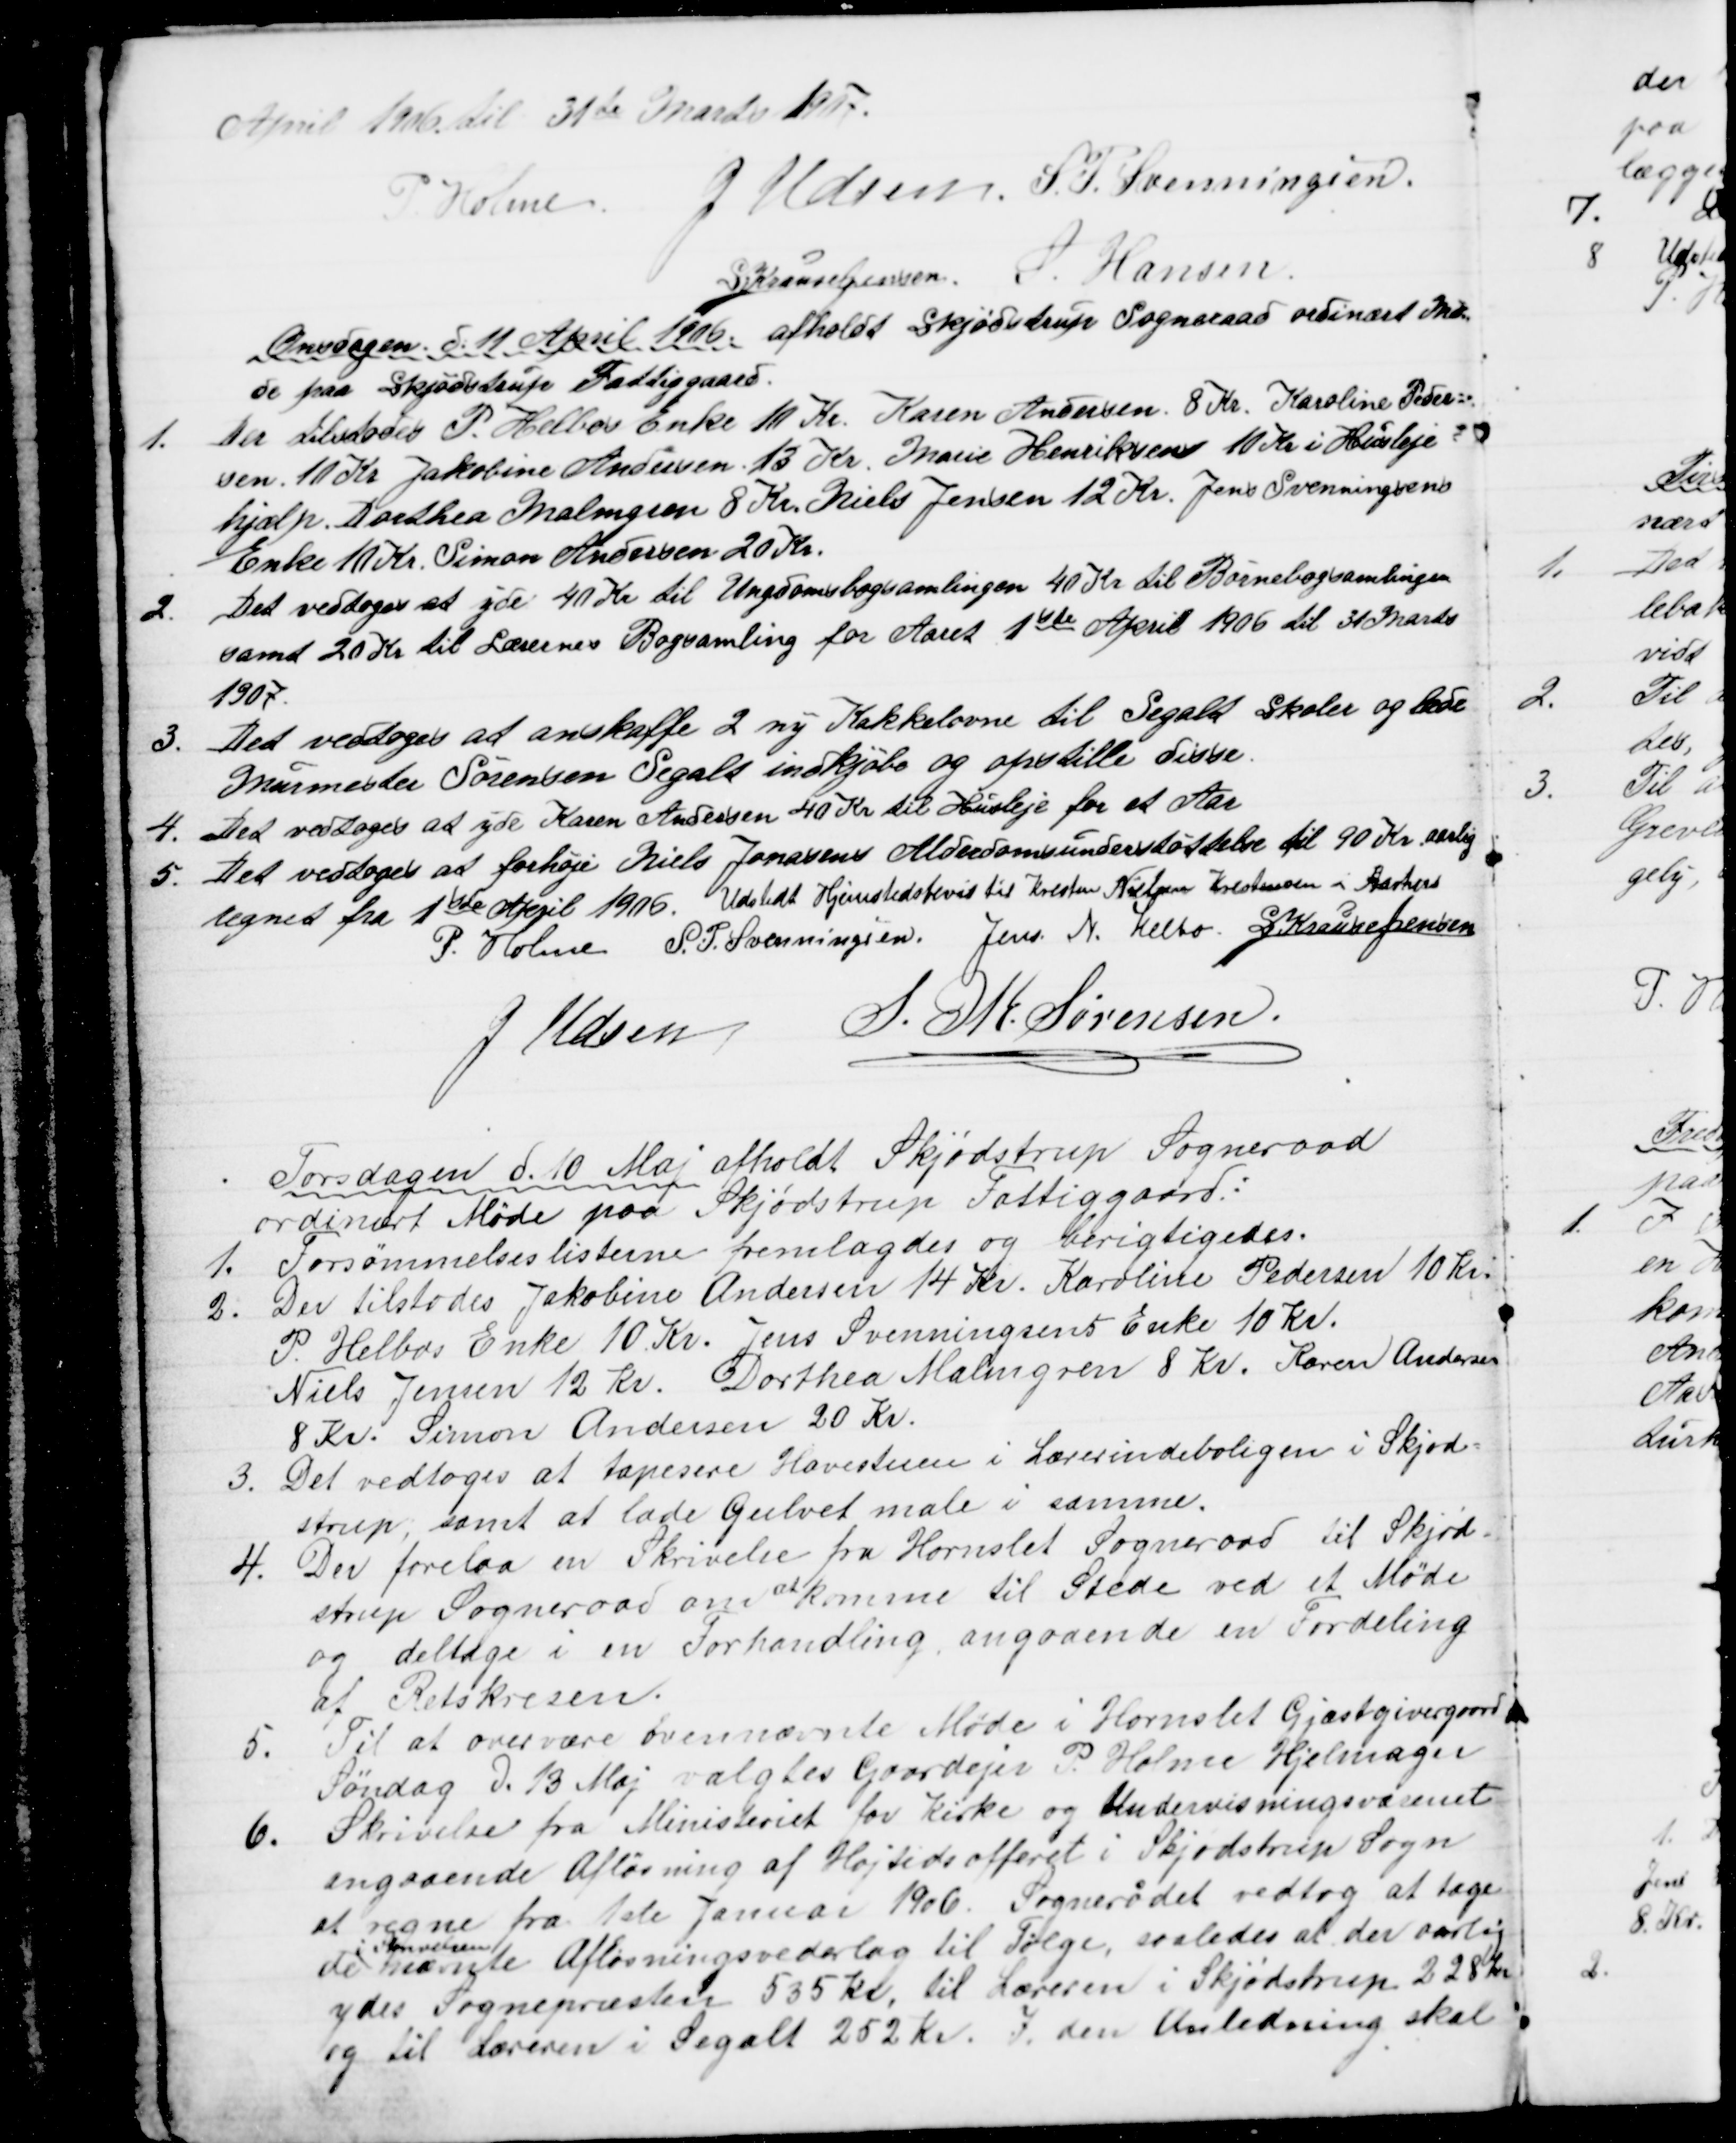
Transskription:
April 19de til 31te Marts 1907.
P. Holme.
J Udsen. S. P. Svenningsen.
S Krause Jensen S. Hansen
Onsdagen. d. 11 April 1906. afholdt Skjødstrup Sogneraad ordinært Mø=
de paa Skjødstrup Fattiggaard.
1.
Der tilstodes P. Helbos Enke 10 Kr. Karen Andersen 8 Kr. Karoline Peder=
sen 10 Kr Jakobine Andersen 13 Kr. Marie Henriksen 10 Kr i Husleje=
hjælp. Dorthea Malmgren 8 Kr. Niels Jensen 12 Kr. Jens Svenningsens
Enke 11 Kr. Simon Andersen 20 Kr.
2.
Det vedtoges at yde 40 Kr til Ungdomsbogsamlingen 40 Kr til Børnebogsamlingen
samt 20 Kr til Lærernes Bogsamling for Aaret 1ste April 1906 til 31 Marts
1907.
3.
Det vedtoges at anskaffe 2 ny Kakkelovne til Segalt Skoler og bede
Murmester Sørensen Segalt indkjøbe og opstille disse.
4.
Det vedtoges at yde Karen Andersen 40 Kr til Husleje for et Aar
5. Det vedtoges at forhøje Niels Jonasens Alderdomsunderstøttelse til 90 Kr aarlig
regnet fra 1ste April 1906. Udstedt Hjemstedsbevis til Kresten Nielsen Kristensen i Aarhus
P. Holme S. P. Svenningsen, Jens N. Helbo. S. Krause Jensen
J. Udsen
S. M. Sørensen.
Torsdagen d. 10 Maj afholdt Skjødstrup Sogneraad
ordinært Møde paa Skjødstrup Fattiggaard:
1.
Forsømmelseslisterne fremlagdes og berigtigedes.
2.
Der tilstodes Jakobine Andersen 14 Kr. Karoline Pedersen 10 Kr.
P. Helbos Enke 10 Kr. Jens Svenningsens Enke 10 Kr.
Niels Jensen 12 Kr. Dorthea Malmgren 8 Kr. Karen Andersen
8 Kr. Simon Andersen 20 Kr.
3. Det vedtoges at tapesere Havestuen i Lærerindeboligen i Skjød=
strup, samt at lade Gulvet male i samme.
4. Der forelaa en Skrivelse fra Hornslet Sogneraad til Skjød-
strup Sogneraad om 
at
komme til Stede ved et Møde
og deltage i en Forhandling angaaende en Fordeling
af Retskresen.
5.
Til at overvære ovennævnte Møde i Hornslet Gjæstgivergaard
Søndag d. 13 Maj valgtes Gaardejer P. Holme Hjelmager
6.
Skrivelse fra Ministeriet for Kirke og Undervisningsvæsenet
angaaende Afløsning af Højtidsofferet i Skjødstrup Sogn
at regne fra 1ste Januar 1906. Sognerådet vedtog at tage
de 
i Skrivelsen
nævnte Afløsningsvederlag til Følge, saaledes at der aarlig 
ydes Sognepræsten 535 Kr, til Læreren i Skjødstrup 228 Kr
og til Læreren i Segalt 252 Kr. I den Anledning skal